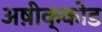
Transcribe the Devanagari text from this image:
अष़ीक्कोड